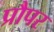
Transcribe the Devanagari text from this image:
प्रौपर